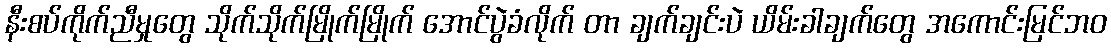
နီးစပ်ကိုက်ညီမှုတွေ သိုက်သိုက်မြိုက်မြိုက် အောင်ပွဲခံလိုက် တာ ချက်ချင်းပဲ ယိမ်းခါချက်တွေ အကောင်းမြင်ဘဝ